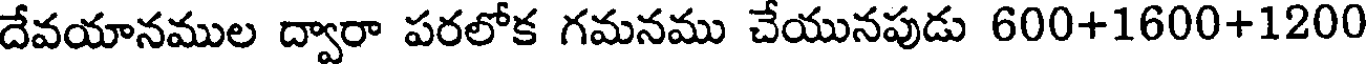
దేవయానముల ద్వారా పరలోక గమనము చేయునపుడు 600+1600+1200